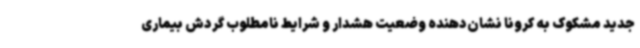
جدید مشکوک به کرونا نشان‌دهنده وضعیت هشدار و شرایط نامطلوب گردش بیماری